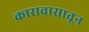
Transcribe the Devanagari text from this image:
कारावासातून